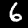
Digit: 6